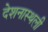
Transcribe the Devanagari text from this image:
देशनास्थली